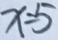
x = 5